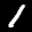
Label: 1